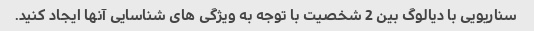
سناریویی با دیالوگ بین 2 شخصیت با توجه به ویژگی های شناسایی آنها ایجاد کنید.